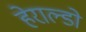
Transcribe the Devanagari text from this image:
हेराल्डो